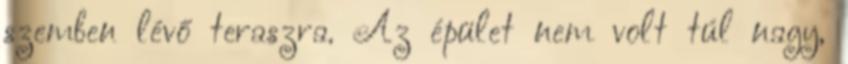
szemben lévő teraszra. Az épület nem volt túl nagy,